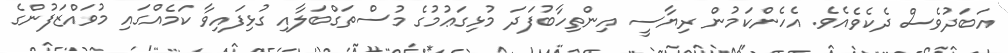
އަބަދުވެސް ދެކެވެއެވެ. އެހެންކަމުން ރިޔާސީ އިންތިހާބުފަދަ މުޅިގަޢުމުގެ މުސްތަގްބަލާއި ގުޅިފައިވާ ކަމެއްގައި މުވައްޒަފުންގެ